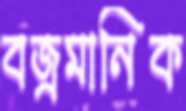
বজ্রমানিক